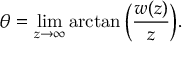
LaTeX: \theta = \operatorname* { l i m } _ { z \rightarrow \infty } \arctan { \Big ( } { \frac { w ( z ) } { z } } { \Big ) } .